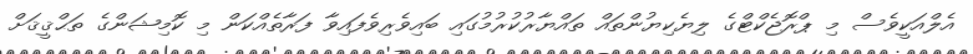
އެލްއަކީވެސް މި ޕްރޮޖެކްޓްގެ ލިޔެކިޔުންތައް ތައްޔާރުކުރުމުގައި ބައިވެރިވެފައިވާ ފަރާތެއްކަން މި ކޮމިޝަންގެ ތަޙްޤީޤަށް